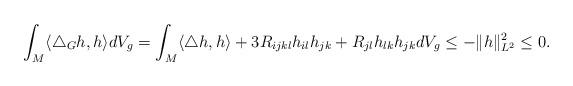
LaTeX: \begin{align*} \int_M \langle \triangle_Gh,h \rangle dV_g&=\int_M \langle \triangle h,h \rangle+3R_{ijkl}h_{il}h_{jk}+R_{jl}h_{lk}h_{jk} dV_g\leq -\|h\|^2_{L^2}\leq 0.\end{align*}